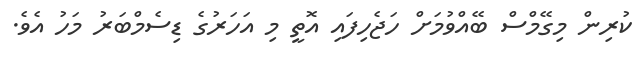
ކުރިން މިގޭމްސް ބޭއްވުމަށް ހަޖެހިފައި އޮތީ މި އަހަރުގެ ޑިސެމްބަރު މަހު އެވެ.